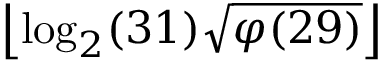
\left\lfloor \log _ { 2 } ( 3 1 ) { \sqrt { \varphi ( 2 9 ) } } \right\rfloor